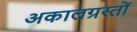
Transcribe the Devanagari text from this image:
अकालग्रस्तों